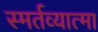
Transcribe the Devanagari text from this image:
स्मर्तव्यात्मा